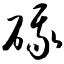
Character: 硪